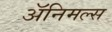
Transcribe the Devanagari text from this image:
अॅनिमल्स